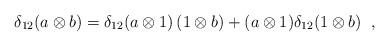
LaTeX: \begin{align*}\delta_{12}(a\otimes b) = \delta_{12}(a\otimes 1)\, (1\otimes b) +(a\otimes 1)\delta_{12}(1\otimes b)\;\; ,\end{align*}